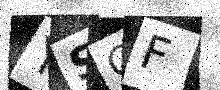
Text: YSCF